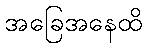
အခြေအနေထိ